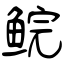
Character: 鲩